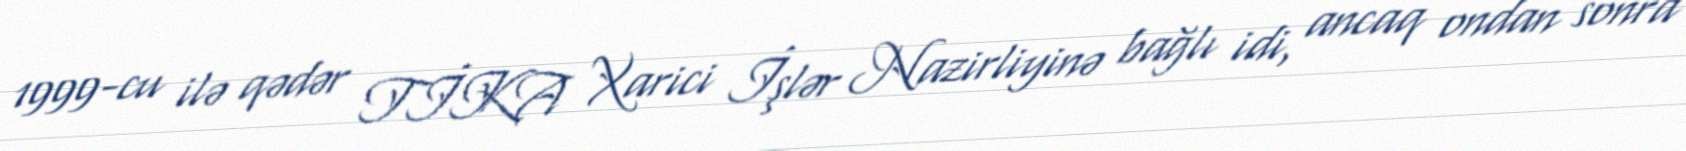
1999-cu ilə qədər TİKA Xarici İşlər Nazirliyinə bağlı idi, ancaq ondan sonra